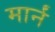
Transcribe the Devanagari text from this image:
मार्नं